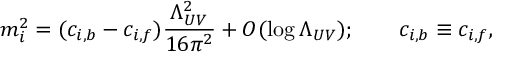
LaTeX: m _ { i } ^ { 2 } = ( c _ { i , b } - c _ { i , f } ) { \frac { \Lambda _ { U V } ^ { 2 } } { 1 6 \pi ^ { 2 } } } + O ( \log \Lambda _ { U V } ) ; \qquad c _ { i , b } \equiv c _ { i , f } ,